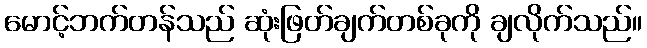
မောင့်ဘက်တန်သည် ဆုံးဖြတ်ချက်တစ်ခုကို ချလိုက်သည်။